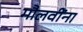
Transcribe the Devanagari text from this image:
मौलवींना